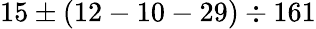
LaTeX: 15\pm(12-10-29)\div 161